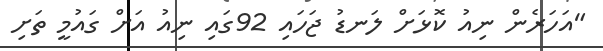
"އަހަރެން ނިއު ކޮޅަށް ލަނޑު ޖަހައި 92ގައި ނިއު އަށް ގައުމީ ތަށި